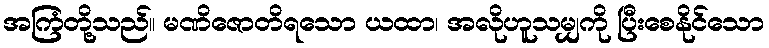
အကြံတို့သည်။ မဏိဇောတိရသော ယထာ၊ အလိုဟူသမျှကို ပြီးစေနိုင်သော